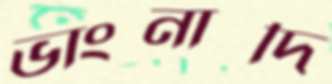
ভাংনাদি